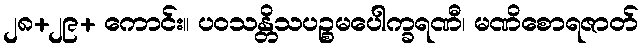
၂၈+၂၉+ ကောင်း။ ပဝသန္တိသပဉ္စမပေါက္ခရဏီ၊ မဏိစောရဇာတ်